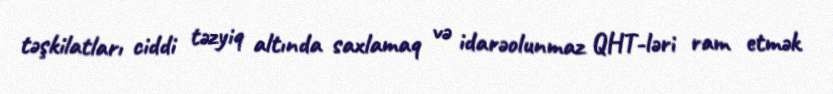
təşkilatları ciddi təzyiq altında saxlamaq və idarəolunmaz QHT-ləri ram etmək